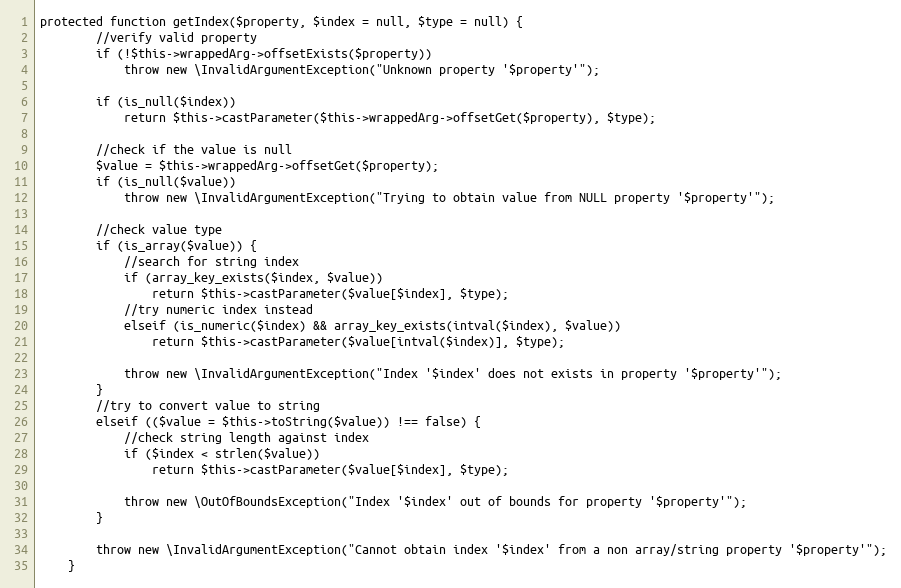
Language: PHP
protected function getIndex($property, $index = null, $type = null) {
		//verify valid property
		if (!$this->wrappedArg->offsetExists($property))
			throw new \InvalidArgumentException("Unknown property '$property'");

		if (is_null($index))
			return $this->castParameter($this->wrappedArg->offsetGet($property), $type);

		//check if the value is null
		$value = $this->wrappedArg->offsetGet($property);
		if (is_null($value))
			throw new \InvalidArgumentException("Trying to obtain value from NULL property '$property'");

		//check value type
		if (is_array($value)) {
			//search for string index
			if (array_key_exists($index, $value))
				return $this->castParameter($value[$index], $type);
			//try numeric index instead
			elseif (is_numeric($index) && array_key_exists(intval($index), $value))
				return $this->castParameter($value[intval($index)], $type);

			throw new \InvalidArgumentException("Index '$index' does not exists in property '$property'");
		}
		//try to convert value to string
		elseif (($value = $this->toString($value)) !== false) {
			//check string length against index
			if ($index < strlen($value))
				return $this->castParameter($value[$index], $type);

			throw new \OutOfBoundsException("Index '$index' out of bounds for property '$property'");
		}

		throw new \InvalidArgumentException("Cannot obtain index '$index' from a non array/string property '$property'");
	}